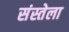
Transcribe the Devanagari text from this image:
संस्तेला